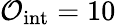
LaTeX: \mathcal{O}_{\mathrm{int}}=10